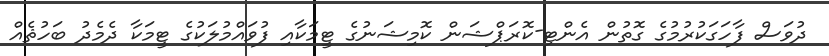
ދުވަސް ފާހަގަކުރުމުގެ ގޮތުން އެންޓި-ކޮރަޕްޝަން ކޮމިޝަނުގެ ޓީމަކާއި ފުވައްމުލަކުގެ ޓީމަކާ ދެމެދު ބަހުޘެއް